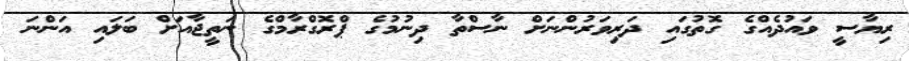
ރިޔާސީ ވައުދެއްގެ ގޮތުގައި ދަރިވަރުންނަށް ނާސްތާ ދިނުމުގެ ޕްރޮގްރާމްގެ ނަތީޖާއަށް ބަލައި އަންނަ